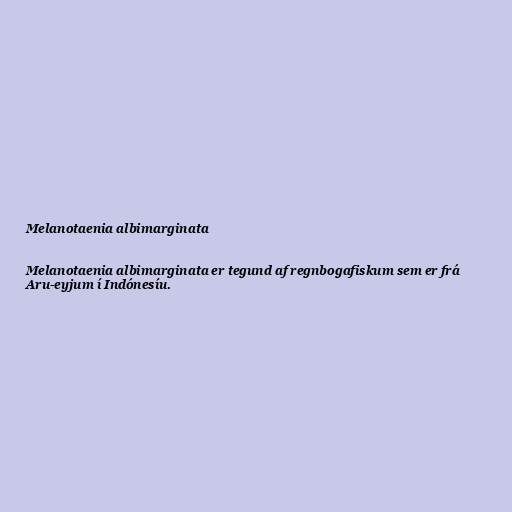
Melanotaenia albimarginata

Melanotaenia albimarginata er tegund af regnbogafiskum sem er frá
Aru-eyjum í Indónesíu.